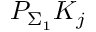
P _ { \Sigma _ { 1 } } K _ { j }